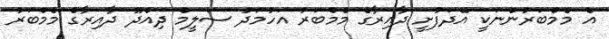
އެ މެމްބަރުންނަކީ އޭދަފުށީ ދާއިރާގެ މެމްބަރު އަހުމަދު ސަލީމް ދިއްދޫ ދާއިރާގެ މެމްބަރު